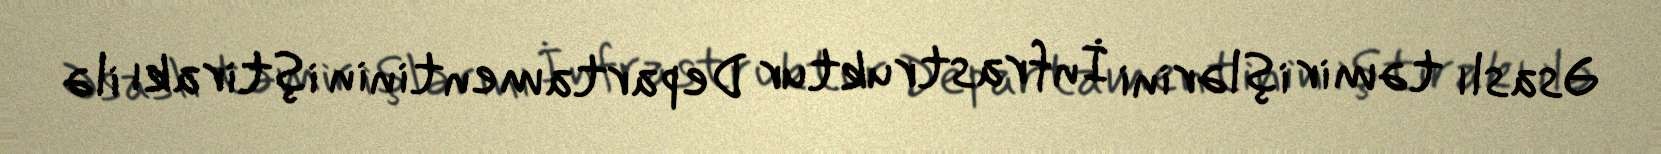
Əsaslı təmir işlərini İnfrastruktur Departamentinin iştirakı ilə